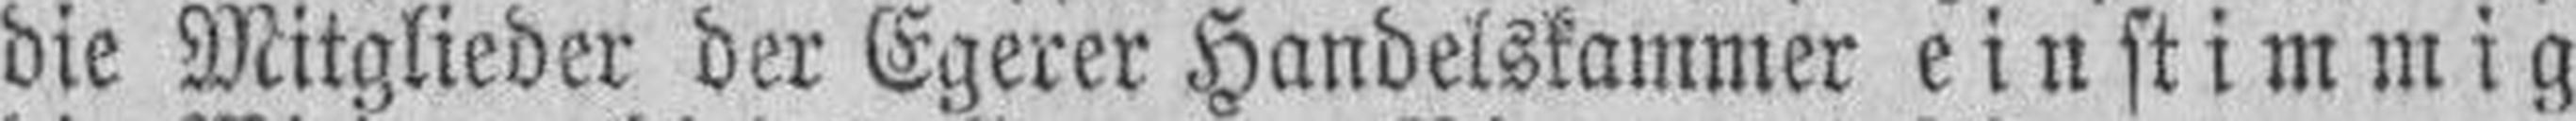
die Mitglieder der Egerer Handelskammer einstimmig